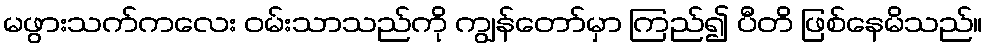
မဖွားသက်ကလေး ဝမ်းသာသည်ကို ကျွန်တော်မှာ ကြည်၍ ပီတိ ဖြစ်နေမိသည်။